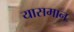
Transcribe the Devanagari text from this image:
यासमान